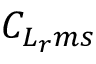
C _ { L _ { r } m s }